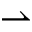
\rightharpoonup